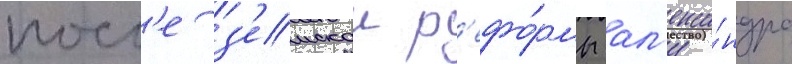
посл'е з'емскои р'ефо́рмы ал'екса́ндра